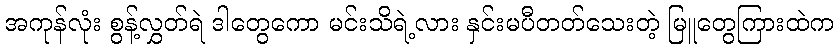
အကုန်လုံး စွန့်လွှတ်ရဲ ဒါတွေကော မင်းသိရဲ့လား နှင်းမပီတတ်သေးတဲ့ မြူတွေကြားထဲက